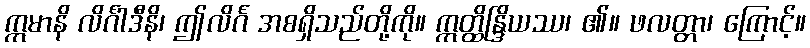
ဣမာနိ လိင်္ဂါဒီနိ၊ ဤလိင်္ဂ အစရှိသည်တို့ကို။ ဣတ္ထိန္ဒြိယဿ၊ ၏။ ဖလတ္တာ၊ ကြောင့်။